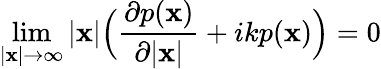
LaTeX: \operatorname*{lim}_{|\textbf{x}|\rightarrow\infty}|\textbf{x}|\Big(\frac{\partial p(\textbf{x})}{\partial|\textbf{x}|}+ikp(\textbf{x})\Big)=0